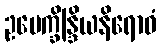
ဥပေက္ခိန္ဒြိယနိရောဓံ